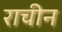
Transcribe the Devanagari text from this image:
राचीन